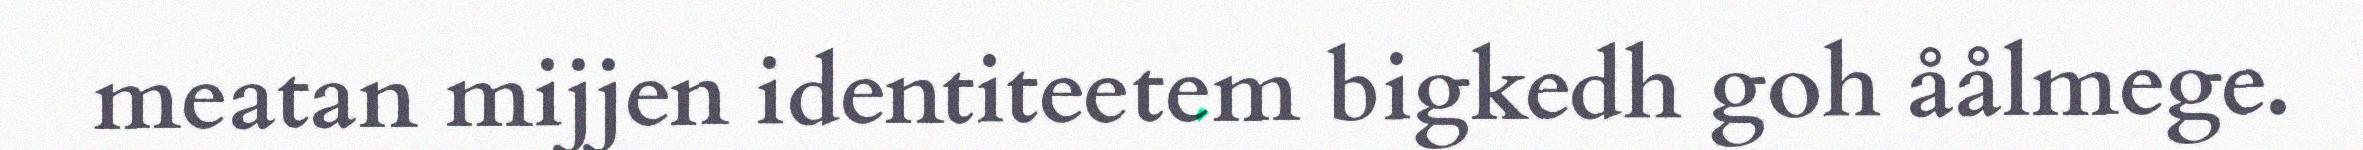
meatan mijjen identiteetem bigkedh goh åålmege.